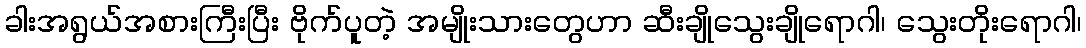
ခါးအရွယ်အစားကြီးပြီး ဗိုက်ပူတဲ့ အမျိုးသားတွေဟာ ဆီးချိုသွေးချိုရောဂါ၊ သွေးတိုးရောဂါ၊